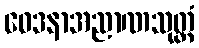
ဝေဒနာအညာဏသုတ္တံ